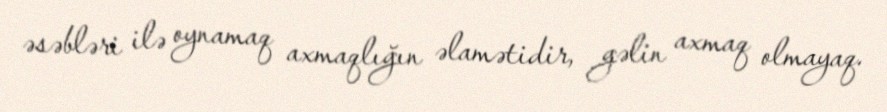
əsəbləri ilə oynamaq axmaqlığın əlamətidir, gəlin axmaq olmayaq.